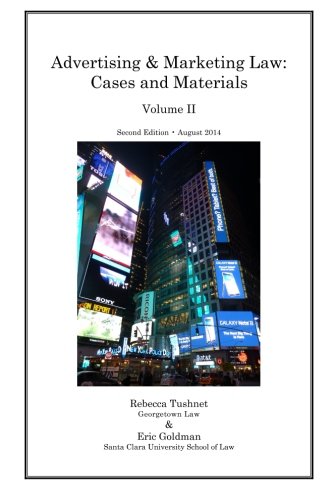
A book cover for Advertising and Marketing Law: Cases and Materials (Volume 2); Eric Goldman; Law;